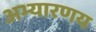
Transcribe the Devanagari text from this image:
अभ्यारणय